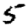
Digit: 5